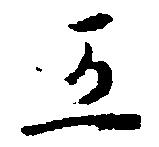
五